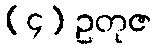
(၄) ဥတုဇ